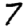
Digit: 7